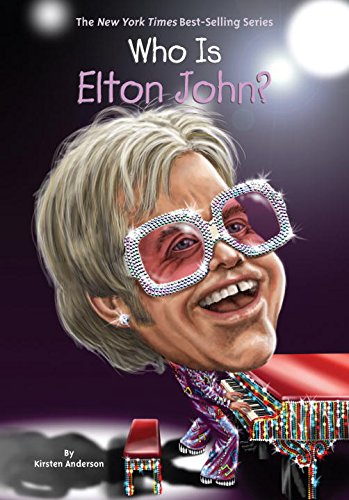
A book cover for Who Is Elton John? (Who Was...?); Kirsten Anderson; Children's Books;